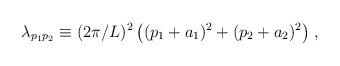
\begin{align*} \lambda_{p_1p_2} \equiv (2\pi/L)^2\, \big((p_1+a_1)^2+(p_2+a_2)^2\big)\;,\end{align*}